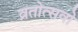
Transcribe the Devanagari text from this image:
व्रतोत्सवो